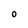
Character: O